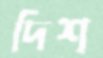
দিশ্